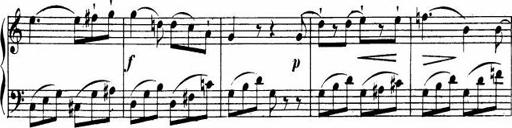
Title: Le bouquetier
Composer: Anton Diabelli
Key: G major
 C major
 F major
 C major